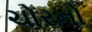
ચોરનો